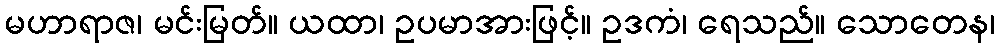
မဟာရာဇ၊ မင်းမြတ်။ ယထာ၊ ဥပမာအားဖြင့်။ ဥဒကံ၊ ရေသည်။ သောတေန၊